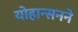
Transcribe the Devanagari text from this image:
योहान्सनने